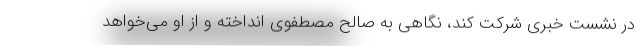
در نشست خبری شرکت کند، نگاهی به صالح مصطفوی انداخته و از او می‌خواهد